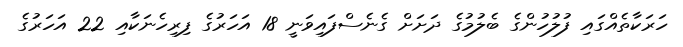
ހަރަކާތެއްގައި ފުލުހުންގެ ބެލުމުގެ ދަށަށް ގެނެސްފައިވަނީ 18 އަހަރުގެ ފިރިހެނަކާއި 22 އަހަރުގެ